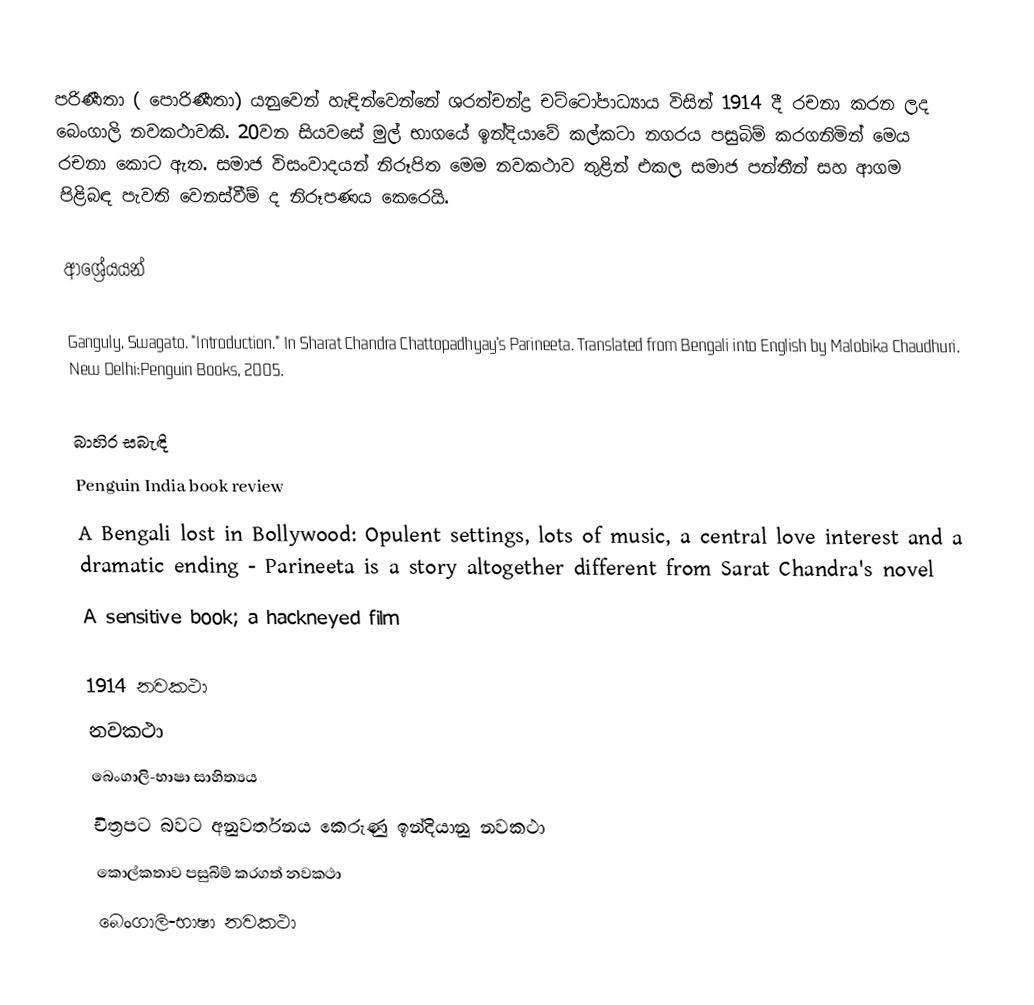
පරිණීතා ( පොරිණීතා) යනුවෙන් හැඳින්වෙන්නේ ශරත්චන්ද්‍ර චට්ටෝපාධ්‍යාය විසින් 1914 දී රචනා කරන ලද බෙංගාලි නවකථාවකි. 20වන සියවසේ මුල් භාගයේ ඉන්දියාවේ කල්කටා නගරය පසුබිම් කරගනිමින් මෙය රචනා කොට ඇත. සමාජ විසංවාදයන් නිරූපිත මෙම නවකථාව තුළින් එකල සමාජ පන්තීන් සහ ආගම පිළිබඳ පැවති වෙනස්වීම් ද නිරූපණය කෙරෙයි.

ආශ්‍රේයයන්

Ganguly, Swagato. "Introduction." In Sharat Chandra Chattopadhyay's Parineeta. Translated from Bengali into English by Malobika Chaudhuri. New Delhi:Penguin Books, 2005.

බාහිර සබැඳි
 Penguin India book review
  A Bengali lost in Bollywood: Opulent settings, lots of music, a central love interest and a dramatic ending - Parineeta is a story altogether different from Sarat Chandra's novel
 A sensitive book; a hackneyed film

1914 නවකථා
නවකථා
බෙංගාලි-භාෂා සාහිත්‍යය
චිත්‍රපට බවට අනුවර්තනය කෙරුණු ඉන්දියානු නවකථා
කොල්කතාව පසුබිම් කරගත් නවකථා
බෙංගාලි-භාෂා නවකථා